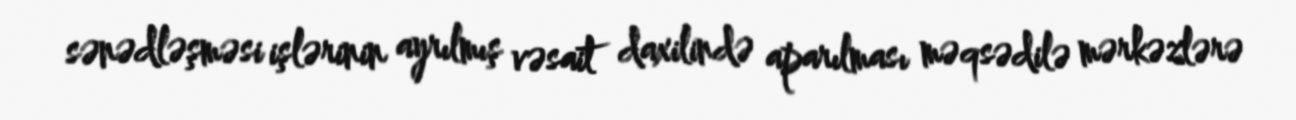
sənədləşməsi işlərinin ayrılmış vəsait daxilində aparılması məqsədilə mərkəzlərə